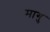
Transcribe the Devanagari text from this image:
मागु